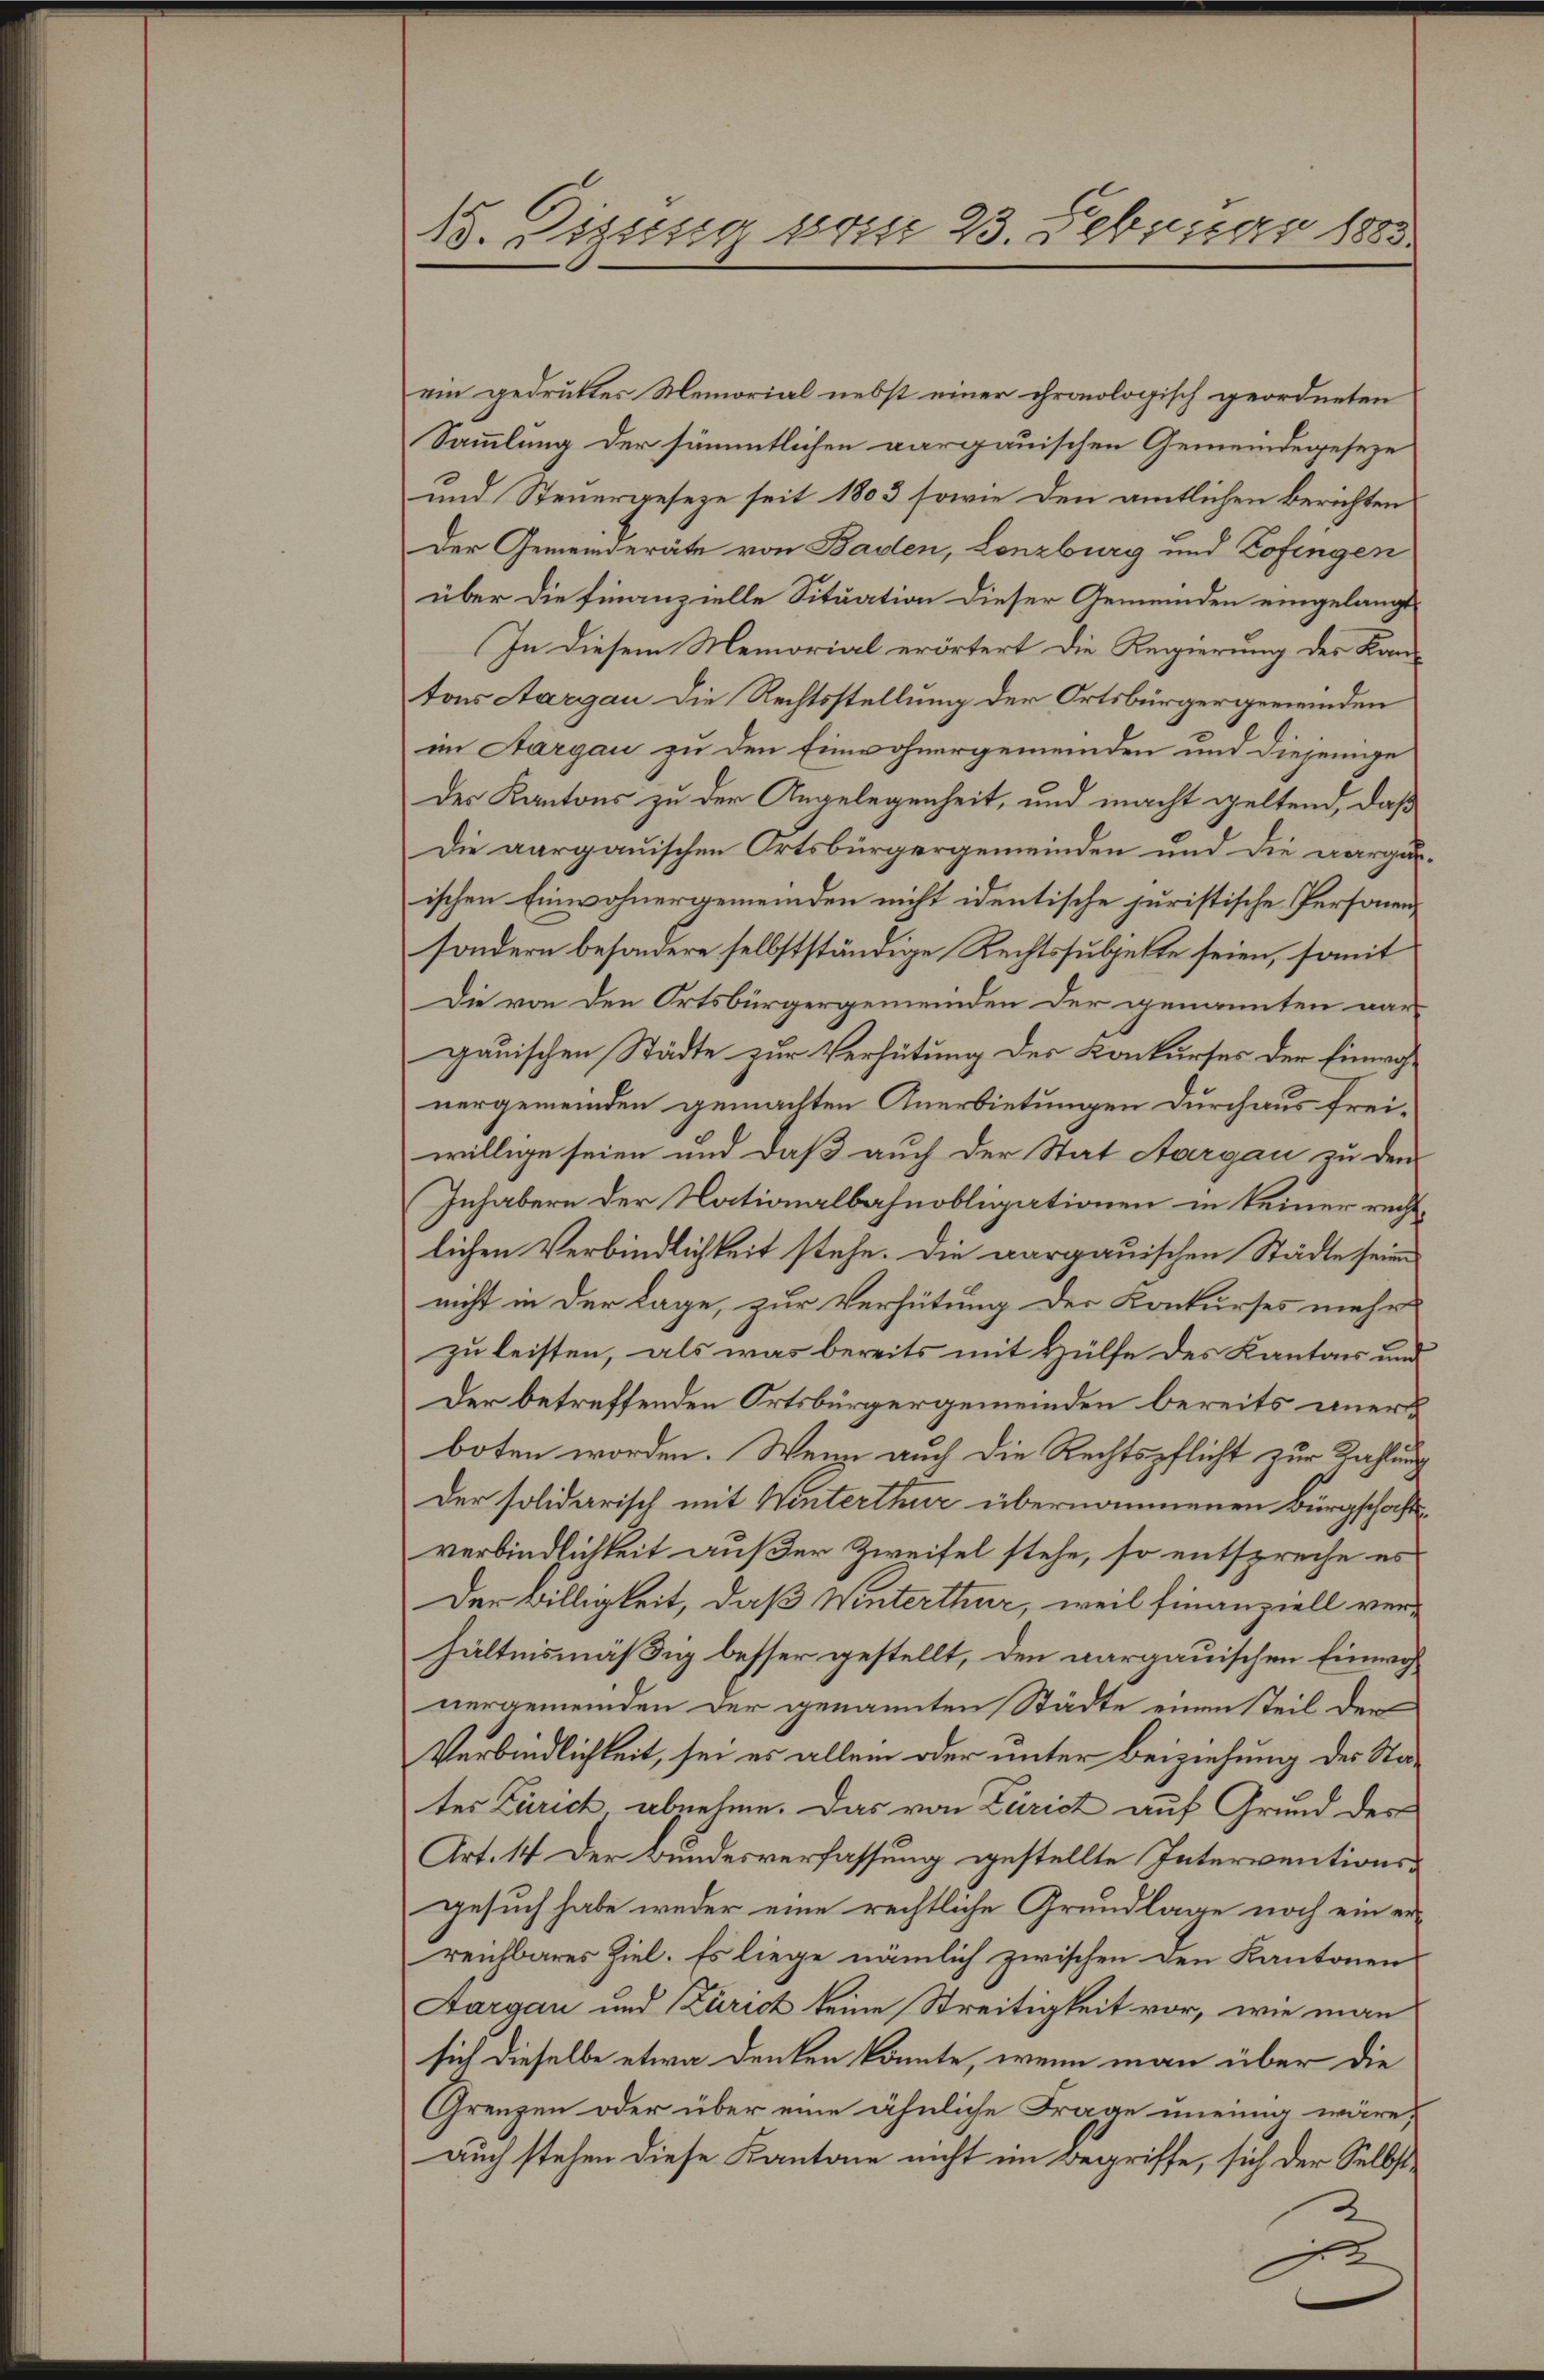
18. Dissessa vom 23. Februar 1883.

ein gedruktes Memorial nebst einer chronologisch geordneten
Sammlung der sämmtlichen aargauischen Gemeindegeseze
und Steuergeseze seit 1803 sowie den amtlichen Berichten
Der Gemeinderäte von Baden, Lenzburg und Zofingen
über die finanzielle Situation dieser Gemeinden eingelangt
In diesem Memorial erörtert die Regierung des Kantons Aargau die Rechtsstellung der Ortsbürgergemeinden
im Aargau zu den Einwohnergemeinden und diejenige
Des Kantons zu der Angelegenheit, und macht geltend, daß
Die aargauischen Ortsbürgergemeinden und die aargauischen Einwohnergemeinden nicht identische juristische Personensondern besondere selbstständige Rechtssubjekte seien, somit
Die von den Ortsbürgergemeinden der genannten war-
gauischen Städte zur Verhütung des Konkurses der Einwohnergemeinden gemachten Anerbietungen durchaus freiwillige seien und daß auch der Stat Aargau zu den
Inhabern der Nationalbahnobligationen in keiner rechtlichen Verbindlichkeit stehe. Die aargauischen Städte seinen
nicht in der Lage, zur Verhütung der Konkurses mehr
zu leisten, als was bereits mit Hülfe des Kantons und
Der betreffenden Ortsbürgergemeinden bereits anerboten worden. Wenn auch die Rechtspflicht zur Zahlung
Der solidarisch mit Winterthur übernommenen Bürgschaftsverbindlichkeit außer Zweifel stehe, so entspreche es
Der willigkeit, daß Winterthur, weil finanziell verhältnismäßig besser gestellt, den aargauischen Einwohnergemeinden der genannten Städte einen steil der
Verbindlichkeit, sei es allein oder unter Beiziehung des States Zürich, abnehme. Das von Zürich auf Grund der
Art. 14 Der Bundesverfassung gestellte Interventionsgesuch habe weder eine rechtliche Grundlage noch ein erreichbares Ziel. Es liege nämlich zwischen den Kantonen
Aargau und Kurich keine Streitigkeit vor, wie man
sich dieselbe etwa denken könnte, wenn man über die
Grenzen oder über eine ähnliche Frage uneinig wäre,
auch stehen diese Kantone nicht im Begriffe, sich der Selbst¬
.